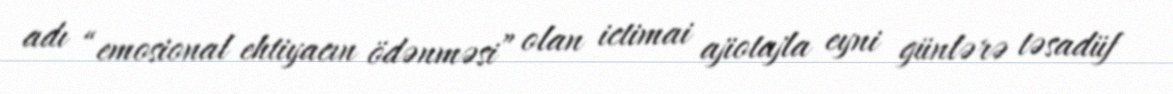
adı “emosional ehtiyacın ödənməsi” olan ictimai ajiotajla eyni günlərə təsadüf